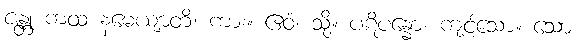
ဇန္တု ကထံ နမေယျာတိ၊ ကား။ ဧဝံ၊ သို့။ ပဋိပန္နော၊ ကျင့်သော။ သော